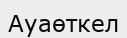
Ауаөткел